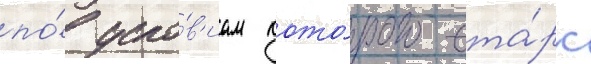
по́ усло́в'иам кото́рого ста́рк